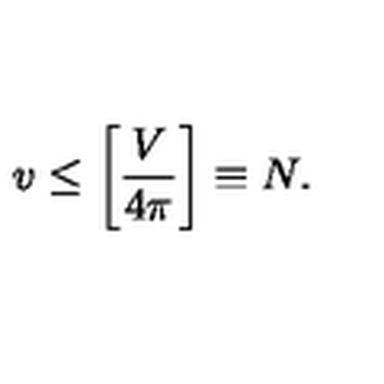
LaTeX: v \leq \left[ { \frac { V } { 4 \pi } } \right] \equiv N .